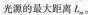
光源的最大距离L_{m}。